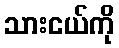
သားငယ်ကို